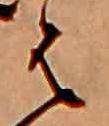
は